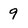
Character: 9